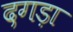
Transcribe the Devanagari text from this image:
दगड़ा